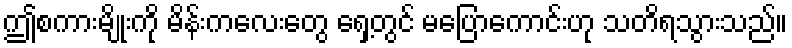
ဤစကားမျိုးကို မိန်းကလေးတွေ ရှေ့တွင် မပြောကောင်းဟု သတိရသွားသည်။